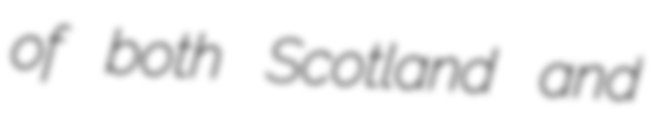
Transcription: of both Scotland and